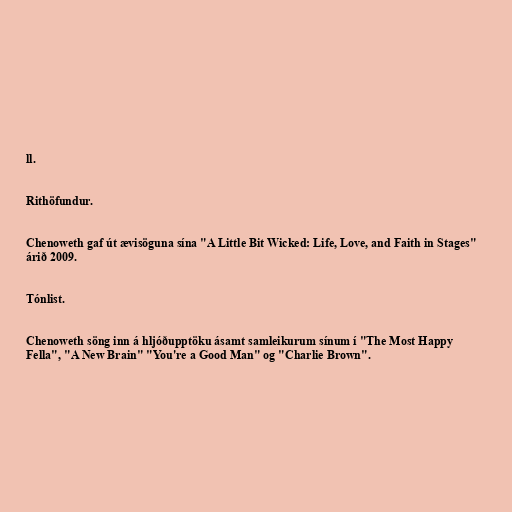
ll.

Rithöfundur.

Chenoweth gaf út ævisöguna sína "A Little Bit Wicked: Life, Love, and Faith in Stages"
árið 2009.

Tónlist.

Chenoweth söng inn á hljóðupptöku ásamt samleikurum sínum í "The Most Happy
Fella", "A New Brain" "You're a Good Man" og "Charlie Brown".